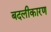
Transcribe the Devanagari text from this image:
बदलीकारण